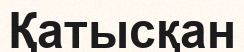
Қатысқан